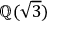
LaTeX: \mathbb { Q } ( { \sqrt { 3 } } )